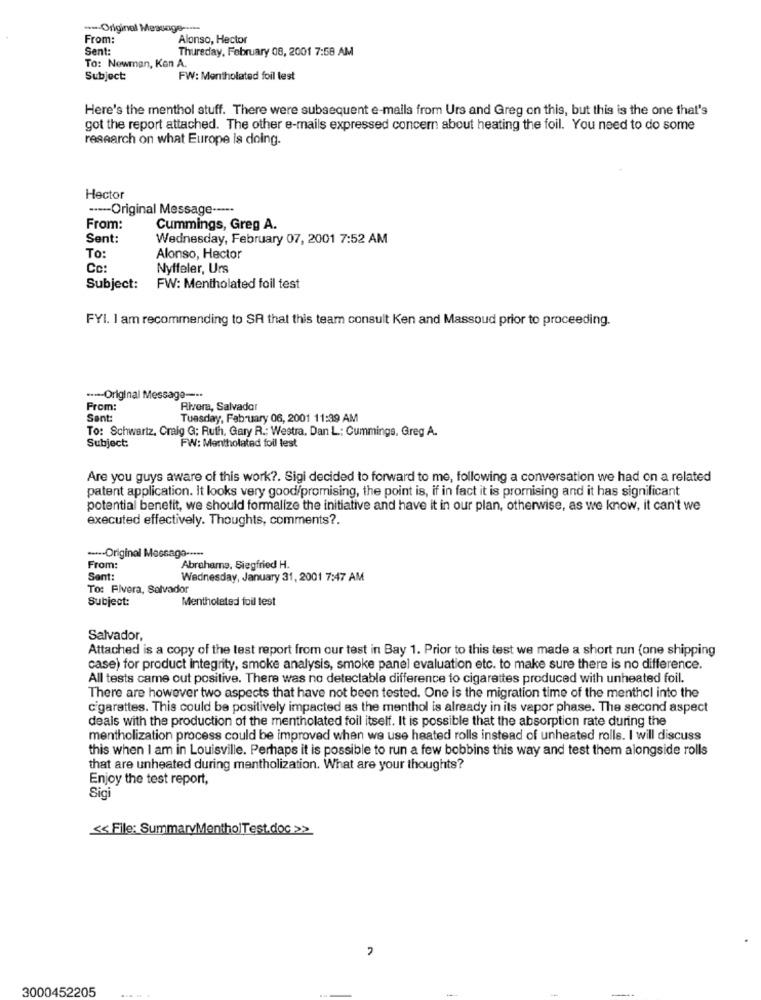
--- Original Message -....
From:
Alonso, Hector
Sent
Thursday, February 08, 2001 7:58 AM
To: Newman, Ken A.
Subject:
FW: Mentholated foil test
Here's the menthol stuff. There were subsequent e-mails from Urs and Greg on this, but this is the one that's
got the report attached. The other e-mails expressed concern about heating the foil. You need to do some
research on what Europe is doing.
Hector
----- Original Message ----*
From:
Cummings, Greg A.
Sent:
Wednesday, February 07, 2001 7:52 AM
To:
Alonso, Hector
Cc:
Nyffeler, Urs
Subject: FW: Mentholated foil test
FYI. I am recommending to SR that this team consult Ken and Massoud prior to proceeding.
··--- Original Message ---*
From:
Rivera, Salvador
Sent:
Tuesday, February 06, 2001 11:39 AM
To: Schwartz, Craig G; Ruth, Gary R .: Westra, Dan L: Cummings, Greg A.
FW: Mentholated foil lest
Subject:
Are you guys aware of this work ?. Sigi decided to forward to me, following a conversation we had on a related
patent application. It looks very good/promising, the point is, if in fact it is promising and it has significant
potential benefit, we should formalize the initiative and have it in our plan, otherwise, as we know, it can't we
executed effectively. Thoughts, comments ?.
---- Original Message --***
From:
Abrahams, Siegfried H.
Sent:
Wednesday, January 31, 2001 7:47 AM
To: Flvera, Salvador
Subject:
Mentholated foil test
Salvador,
Attached is a copy of the test report from our test in Bay 1. Prior to this test we made a short run (one shipping
case) for product integrity, smoke analysis, smoke panel evaluation etc. to make sure there is no difference.
All tests came out positive. There was no detectable difference to cigarettes produced with unheated foil.
There are however two aspects that have not been tested. One is the migration time of the menthel into the
cigarettes. This could be positively impacted as the menthol is already in its vapor phase. The second aspect
deals with the production of the mentholated foil itself. It is possible that the absorption rate during the
mentholization process could be improved when we use heated rolls instead of unheated rolls. I will discuss
this when I am in Louisville. Perhaps it is possible to run a few bobbins this way and test them alongside rolls
that are unheated during mentholization. What are your thoughts?
Enjoy the test report,
Sigi
<< File: SummaryMentholTest.doc >>
3000452205